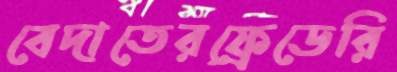
বেদাতেরফ্রেডেরি